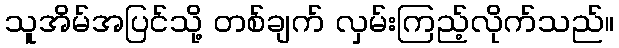
သူအိမ်အပြင်သို့ တစ်ချက် လှမ်းကြည့်လိုက်သည်။